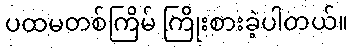
ပထမတစ်ကြိမ် ကြိုးစားခဲ့ပါတယ်။